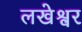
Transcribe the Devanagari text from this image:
लखेश्वर